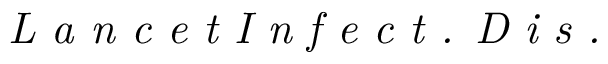
\textit { L a n c e t I n f e c t . D i s . }